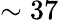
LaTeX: \sim 37